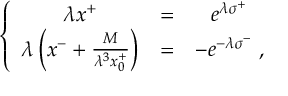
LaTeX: \left\{ \begin{array} { c c c } { { \lambda x ^ { + } } } & { { = } } & { { e ^ { \lambda \sigma ^ { + } } } } \\ { { \lambda \left( x ^ { - } + { \frac { M } { \lambda ^ { 3 } x _ { 0 } ^ { + } } } \right) } } & { { = } } & { { - e ^ { - \lambda \sigma ^ { - } } \; , } } \end{array} \right.